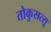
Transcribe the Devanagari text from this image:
तोकुसत्सू